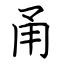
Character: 甬